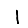
Digit: 1